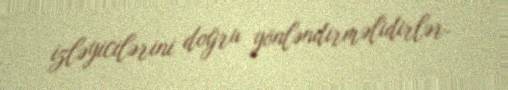
izləyicilərini doğru yönləndirməlidirlər.